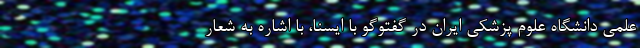
علمی دانشگاه علوم پزشکی ایران در گفتوگو با ایسنا، با اشاره به شعار